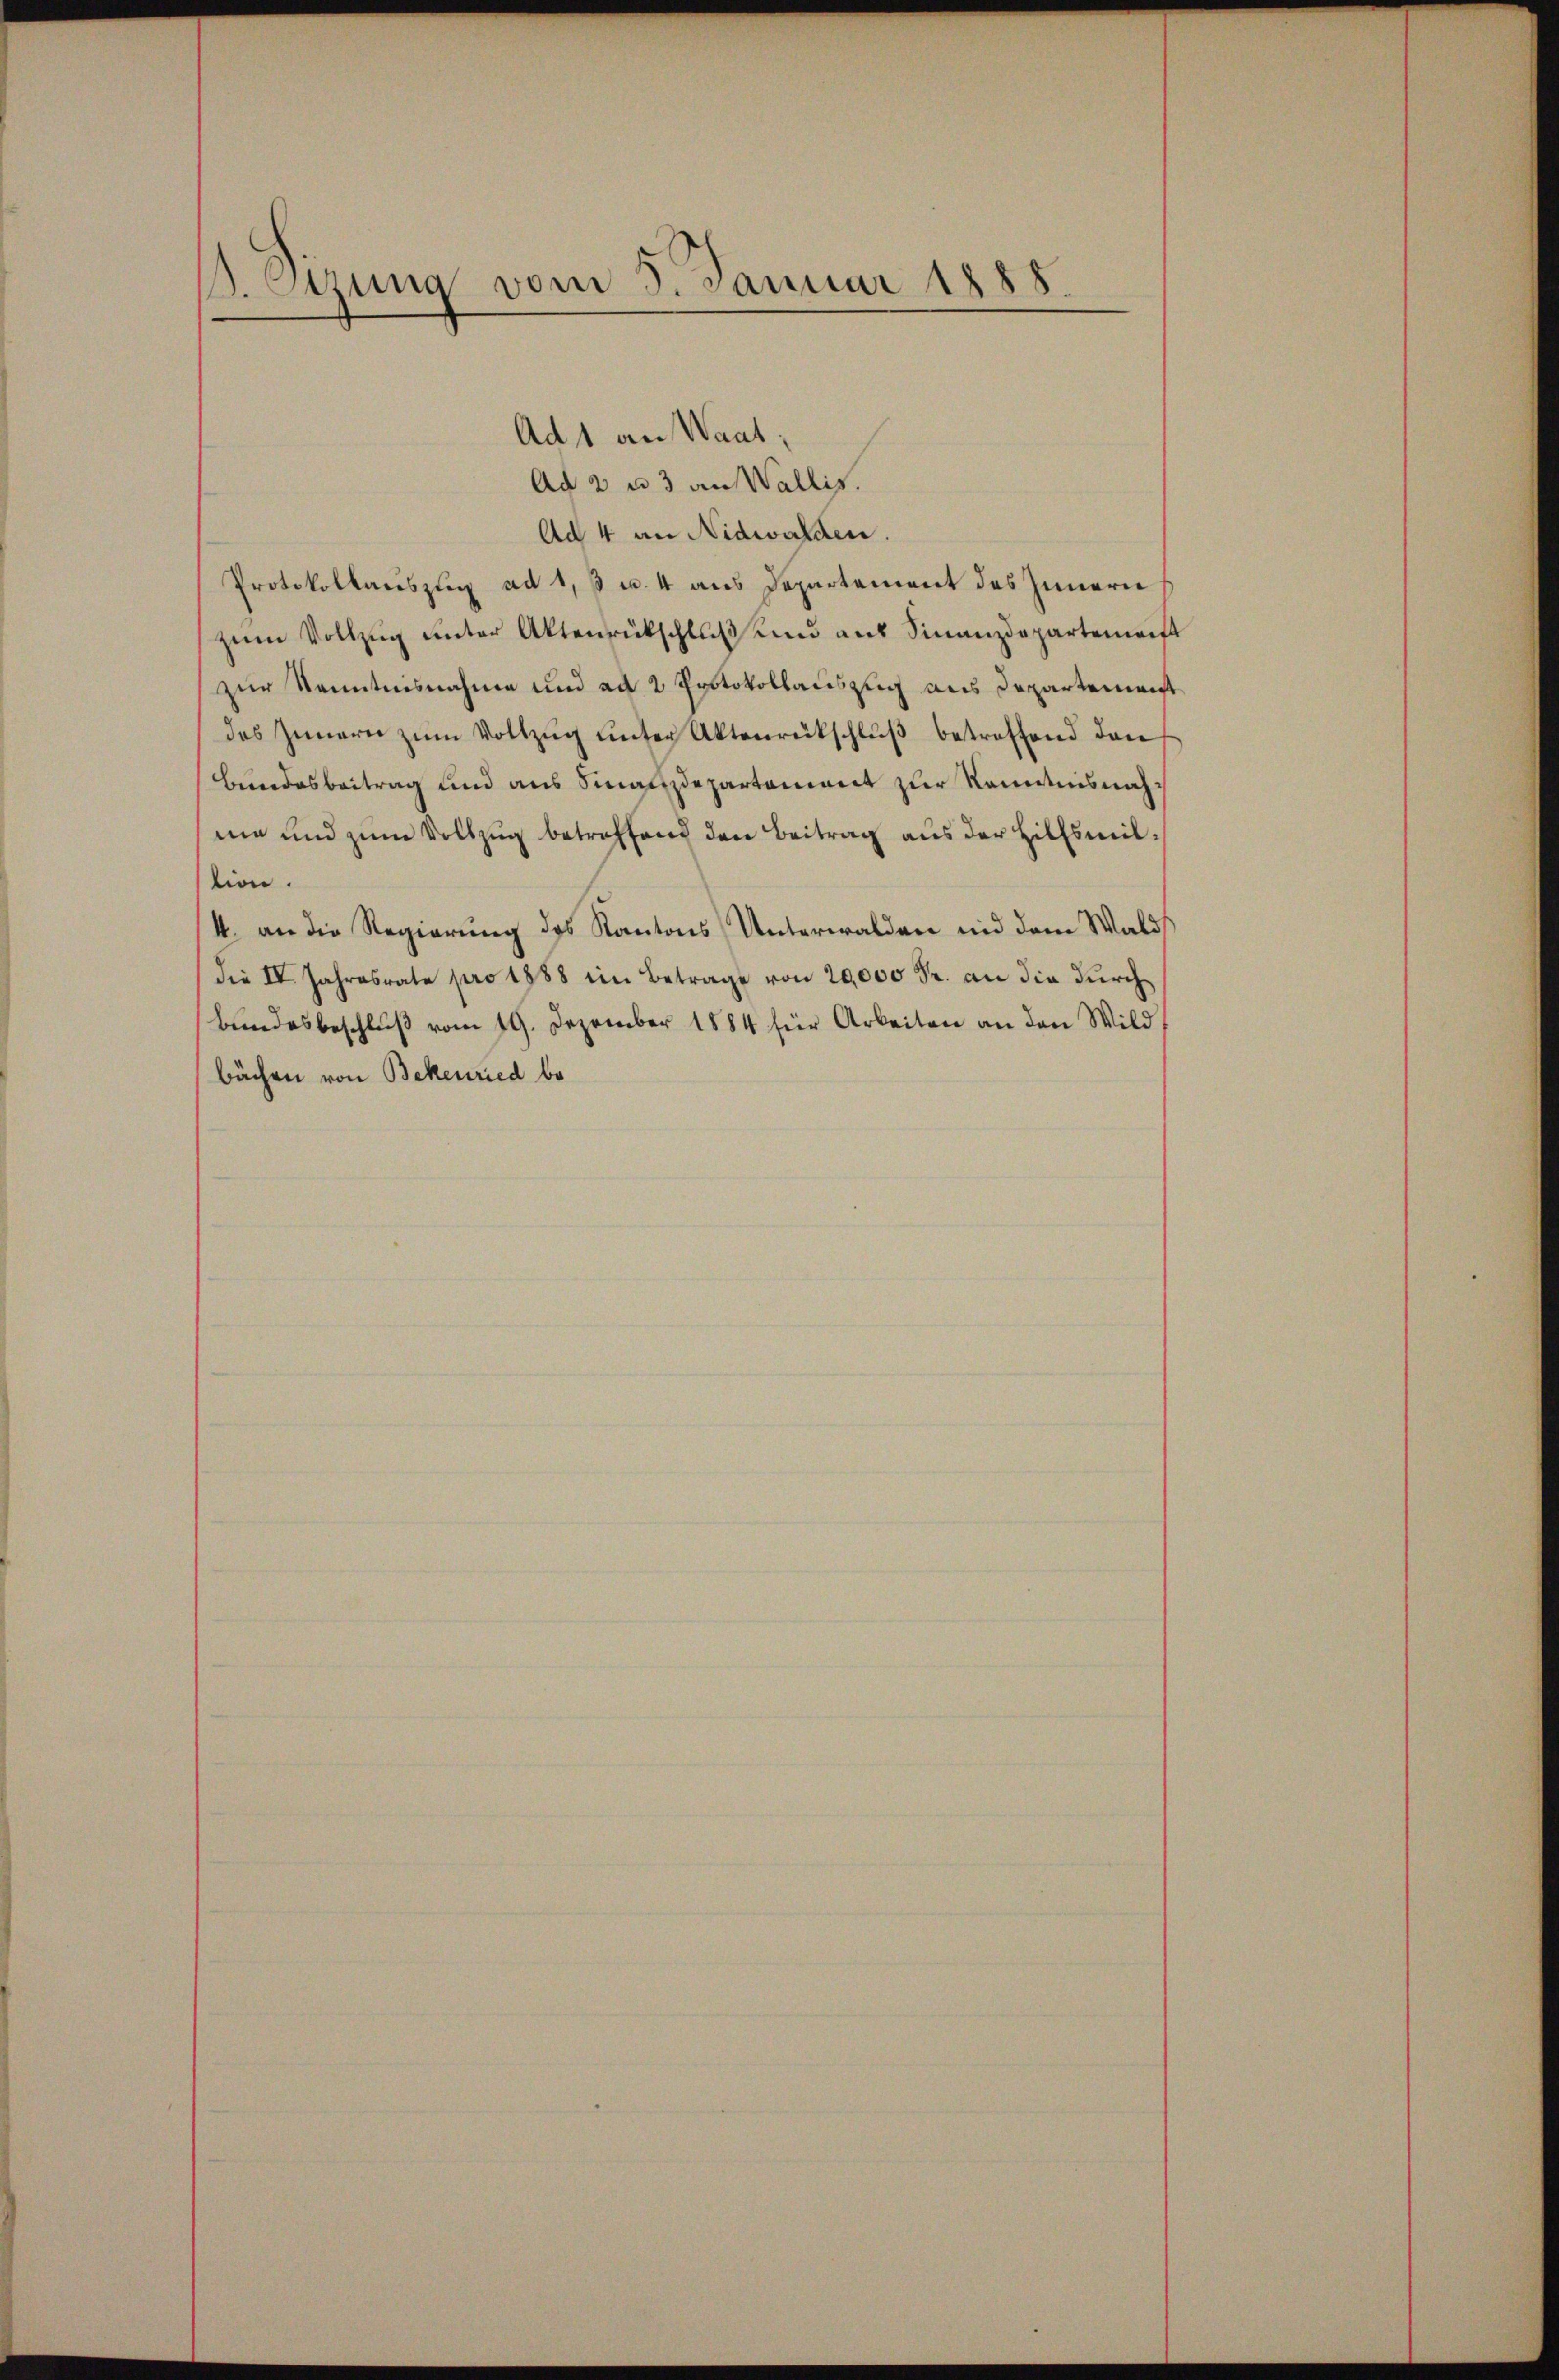
B. Sitzung vom 5. Januar 1888

Ad 1 an Waat;
Ad 2 u 3 an Wallis.
Ad 4 an Nidwalden.
Protokollauszug ad 1, 3 u. 4 aus Departement des Innern
zŭm Vollzŭg ŭnter Aktenrückschluß und auf Finanzdepartement
zur Kenntnisnahme und ad 2 Protokollauszug aus Departement
des Innern zum Vollzug unter Aktenrückschluß betreffend den
Bundesbeitrag und aus Finanzdepartament zur Kenntnisnahme und zum Vollzug betreffend den Beitrag aus der Hilfsmiltion.
4. an die Regierung des Kantons Unterwalden und dem Wald
Die IV. Jahresrate pro 1888 im Betrage von 20,000 Fr. an die durch¬
Bundesbeschluß vom 19. Dezember 1884 für Arbeiten an den Wild
bächen von Bekenried be¬